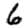
Digit: 6